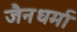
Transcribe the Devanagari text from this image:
जैनधर्मा